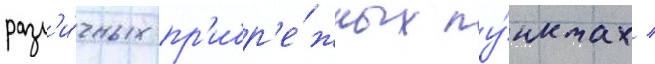
разл'и́чных пр'ибр'е́жных пу́нктах /